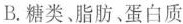
B.糖类、脂肪、蛋白质